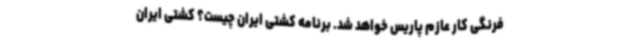
فرنگی کار عازم پاریس خواهد شد. برنامه کشتی ایران چیست؟ کشتی ایران